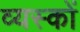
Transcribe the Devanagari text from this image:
व्‍यस्‍कों